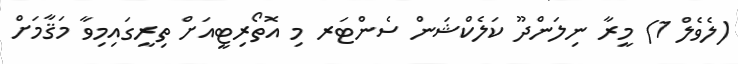
(ލެވެލް 1) މީރާ ނިލަންދޫ ކަލެކްޝަން ސެންޓަރ މި އޮތޯރިޓީއަށް ތިރީގައިމިވާ މަޤާމަށް